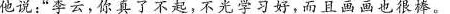
他说：”李云，你真了不起，不光学习好，而且函函也很捧。